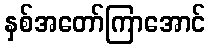
နှစ်အတော်ကြာအောင်